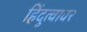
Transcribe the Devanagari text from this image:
हिंदुत्वावर